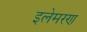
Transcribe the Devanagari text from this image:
इलेमरण